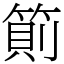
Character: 䈟